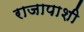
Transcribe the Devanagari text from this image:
राजापाशी